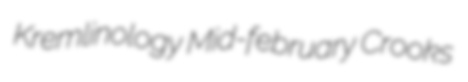
Kremlinology Mid-february Crooks